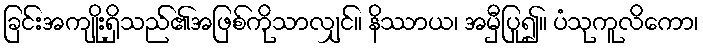
ခြင်းအကျိုးရှိသည်၏အဖြစ်ကိုသာလျှင်။ နိဿာယ၊ အမှီပြု၍။ ပံသုကူလိကော၊